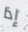
إذا